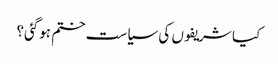
کیا شریفوں کی سیاست ختم ہوگئی؟